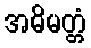
အဓိမတ္တံ